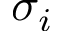
\sigma _ { i }